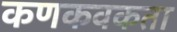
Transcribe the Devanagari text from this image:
कणकवकता